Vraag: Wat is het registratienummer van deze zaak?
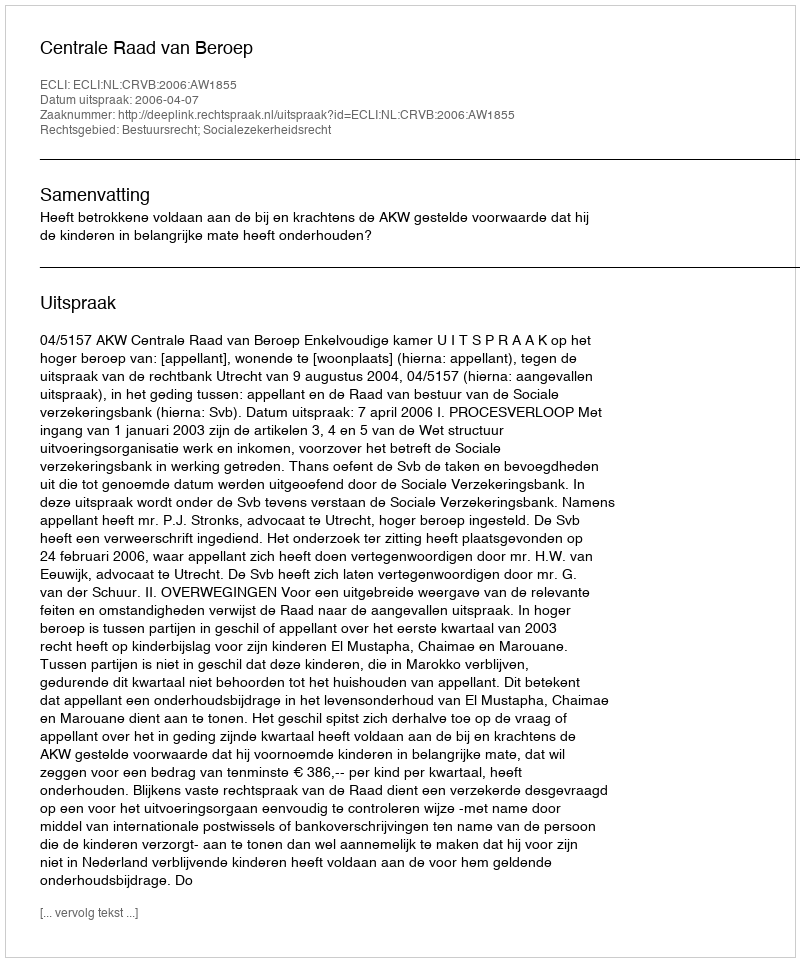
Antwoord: http://deeplink.rechtspraak.nl/uitspraak?id=ECLI:NL:CRVB:2006:AW1855